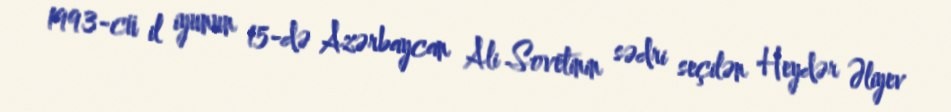
1993-cü il iyunun 15-də Azərbaycan Ali Sovetinin sədri seçilən Heydər Əliyev